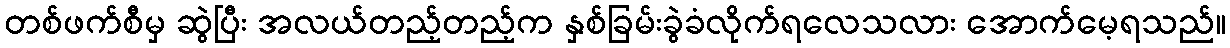
တစ်ဖက်စီမှ ဆွဲပြီး အလယ်တည့်တည့်က နှစ်ခြမ်းခွဲခံလိုက်ရလေသလား အောက်မေ့ရသည်။